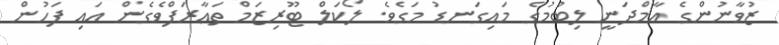
ޒުވާނުންގެ އާމްދަނީ ލިބުމުގެ މައިގަނޑު މަގެވެ. ލޯކަލް ޓޫރިޒަމް ތަޢާރަފްވެގެން އައި ފަހުން